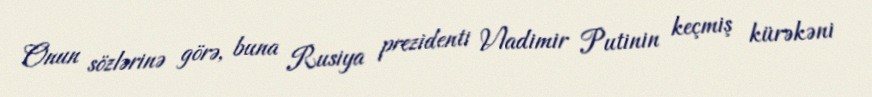
Onun sözlərinə görə, buna Rusiya prezidenti Vladimir Putinin keçmiş kürəkəni